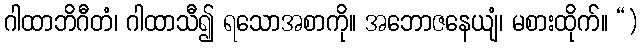
ဂါထာဘိဂီတံ၊ ဂါထာသီ၍ ရသောအစာကို။ အဘောဇနေယျံ၊ မစားထိုက်။ “)